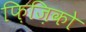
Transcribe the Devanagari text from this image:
फ़िज़िको